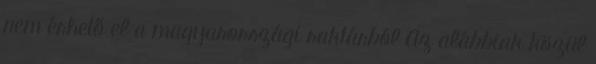
nem érhető el a magyarországi raktárból Az alábbiak közül